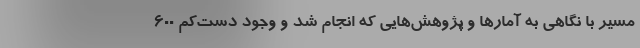
مسیر با نگاهی به آمارها و پژوهش‌هایی که انجام شد و وجود دست‌کم ۶۰۰